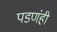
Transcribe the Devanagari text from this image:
पडणंही